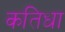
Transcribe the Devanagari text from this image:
कतिधा